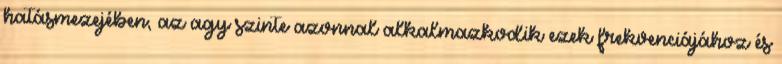
hatásmezejében, az agy szinte azonnal alkalmazkodik ezek frekvenciájához és